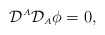
\begin{align*}{\cal D}^{\scriptscriptstyle A}{\cal D}_{\scriptscriptstyle A}\phi=0,\end{align*}